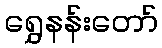
ရွှေနန်းတော်